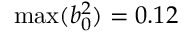
\operatorname* { m a x } ( b _ { 0 } ^ { 2 } ) = 0 . 1 2